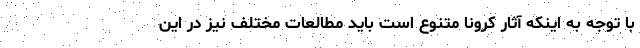
با توجه به اینکه آثار کرونا متنوع است باید مطالعات مختلف نیز در این